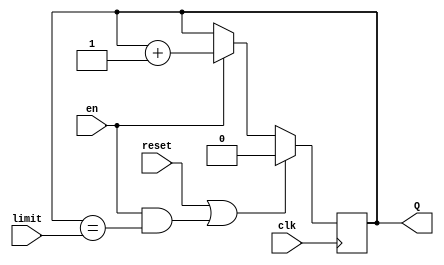
module upwardCounter #( parameter WIDTH = 1)
                    (
                        input clk, 
                        input reset,
                        input en,
                        input [WIDTH-1 :0] limit,
                        output reg [WIDTH-1 :0] Q
                    );

    always @(posedge clk)begin
    
        if (reset || (en && (Q==limit)) ) Q<=0;
        else if (en) Q<= Q+1;

    end

endmodule